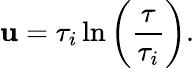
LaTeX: \mathbf{u}=\tau_{i}\ln\left({\frac{{\tau}}{{\tau_{i}}}}\right).